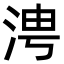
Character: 涄